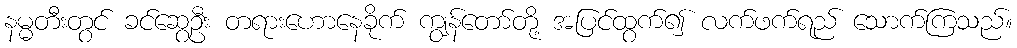
နမ္မတီးတွင် ခင်ဆွေဦး တရားဟောနေခိုက် ကျွန်တော်တို့ အပြင်ထွက်၍ လက်ဖက်ရည် သောက်ကြသည်။